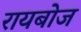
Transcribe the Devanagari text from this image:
रायबोज